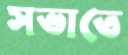
সভাতে